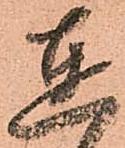
達